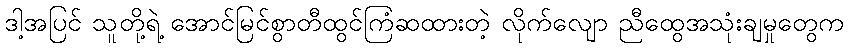
ဒါ့အပြင် သူတို့ရဲ့ အောင်မြင်စွာတီထွင်ကြံဆထားတဲ့ လိုက်လျော ညီထွေအသုံးချမှုတွေက